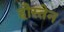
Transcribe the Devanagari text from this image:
हौस्तेन